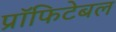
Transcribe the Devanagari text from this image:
प्रॉफिटेबल